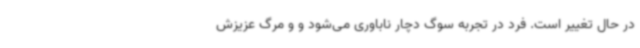
در حال تغییر است. فرد در تجربه سوگ دچار ناباوری می‌شود و و مرگ عزیزش